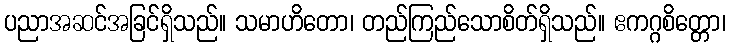
ပညာအဆင်အခြင်ရှိသည်။ သမာဟိတော၊ တည်ကြည်သောစိတ်ရှိသည်။ ဧကဂ္ဂစိတ္တော၊